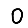
Digit: 0